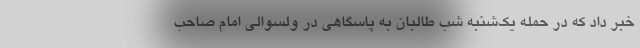
خبر داد که در حمله یک‌شنبه شب طالبان به پاسگاهی در ولسوالی امام صاحب